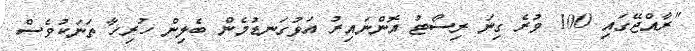
"ރާއްޖޭގައި 100 ވުރެ ގިނަ ރިސޯޓު އޮންނައިރު އަޅުގަނޑުމެން ބެލިން ހުރިހާ ތަނަކުވެސް